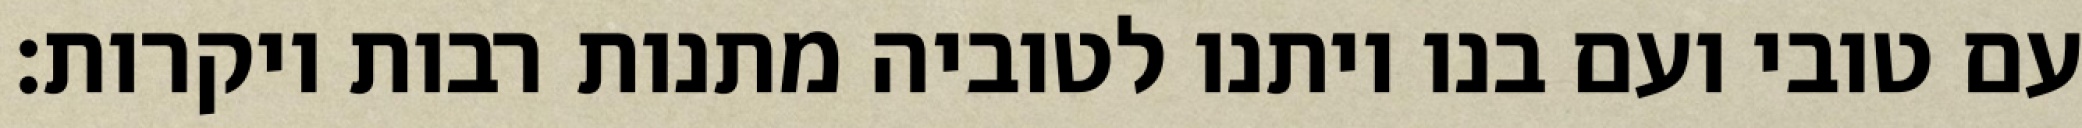
עם טובי ועם בנו ויתנו לטוביה מתנות רבות ויקרות: